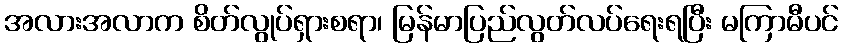
အလားအလာက စိတ်လွုပ်ရှားစရာ၊ မြန်မာပြည်လွတ်လပ်ရေးရပြီး မကြာမီပင်